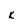
Character: K